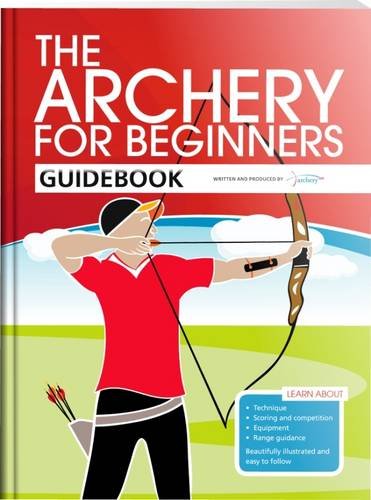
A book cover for The Archery for Beginners Guidebook; Hannah Bussey; Sports & Outdoors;